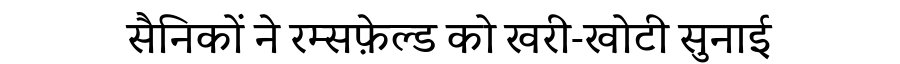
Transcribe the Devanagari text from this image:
सैनिकों ने रम्सफ़ेल्ड को खरी-खोटी सुनाई